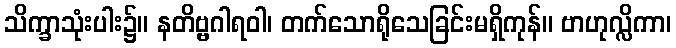
သိက္ခာသုံးပါး၌။ နတိဗ္ဗဂါရဝါ၊ တက်သောရိုသေခြင်းမရှိကုန်။ ဗာဟုလ္လိကာ၊